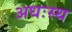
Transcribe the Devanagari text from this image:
अधःस्थ